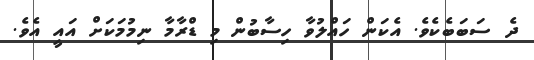
ދެ ސަބަބެކެވެ. އެކަން ހައްލުވާ ހިސާބުން މި ޑްރާމާ ނިމުމަކަށް އައީ އެވެ.